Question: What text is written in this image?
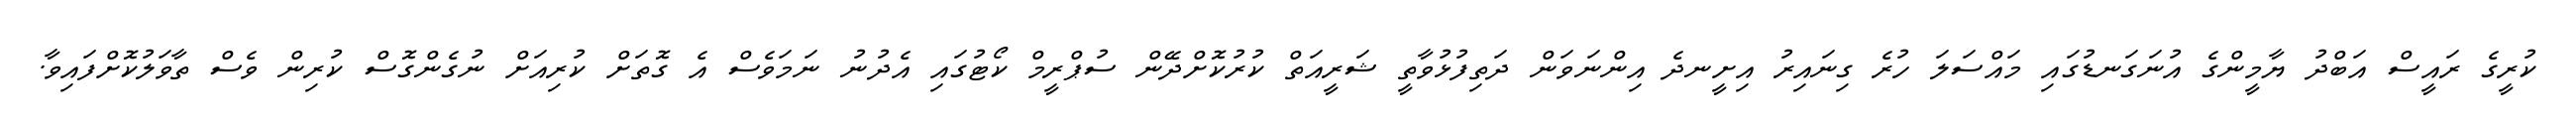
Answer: ކުރީގެ ރައީސް އަބްދު ޔާމީންގެ އުނަގަނޑުގައި މައްސަލަ ހުރެ ގިނައިރު އިށީނދެ އިންނަވަން ދަތިފުޅުވާތީ ޝަރީއަތް ކުރުކޮށްދޭން ސުޕްރީމް ކޯޓުގައި އެދުނު ނަމަވެސް އެ ގޮތަށް ކުރިއަށް ނުގެންގޮސް ކުރިން ވެސް ތާވަލުކޮށްފައިވާ.